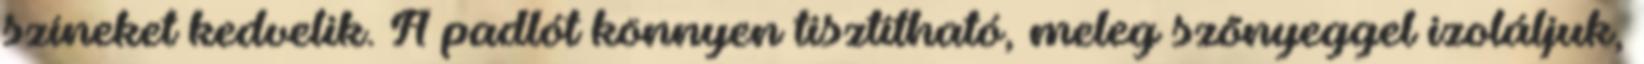
színeket kedvelik. A padlót könnyen tisztítható, meleg szõnyeggel izoláljuk,